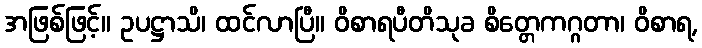
အဖြစ်ဖြင့်။ ဥပဋ္ဌာသိ၊ ထင်လာပြီ။ ဝိစာရပီတိသုခ စိတ္တေကဂ္ဂတာ၊ ဝိစာရ,